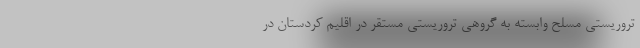
تروریستی مسلح وابسته به گروهی تروریستی مستقر در اقلیم کردستان در